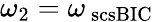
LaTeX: \omega_{2}=\omega_{\mathrm{\ scs{BIC}}}